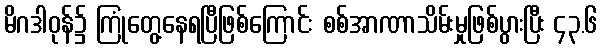
မိဂဒါဝုန်၌ ကြုံတွေ့နေရပြီဖြစ်ကြောင်း စစ်အာဏာသိမ်းမှုဖြစ်ပွားပြီး ၄၃.၆